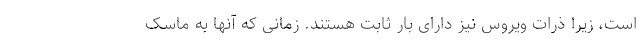
است، زیرا ذرات ویروس نیز دارای بار ثابت هستند. زمانی که آنها به ماسک